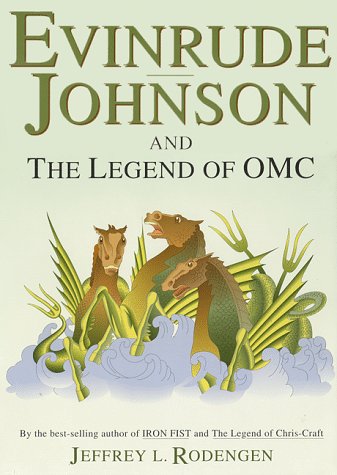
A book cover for Evinrude Johnson and the Legend of OMC; Jeffrey L. Rodengen; Engineering & Transportation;